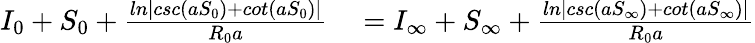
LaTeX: \begin{array}{rl}{I_{0}+S_{0}+\frac{ln|csc(aS_{0})+cot(aS_{0})|}{R_{0}a}}&{{}=I_{\infty}+S_{\infty}+\frac{ln|csc(aS_{\infty})+cot(aS_{\infty})|}{R_{0}a}}\end{array}